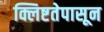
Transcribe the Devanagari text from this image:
क्लिष्टतेपासून